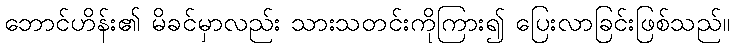
ဘောင်ဟိန်း၏ မိခင်မှာလည်း သားသတင်းကိုကြား၍ ပြေးလာခြင်းဖြစ်သည်။